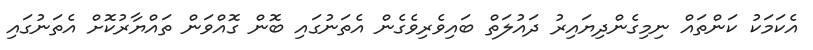
އެކަމަކު ކަންތައް ނިމިގެންދިޔައިރު ދައުލަތް ބައިވެރިވެގެން އެތަނުގައި ބޮން ގޮއްވަން ތައްޔާރުކޮށް އެތަނުގައި